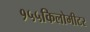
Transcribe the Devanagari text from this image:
१५५किलोमीटर